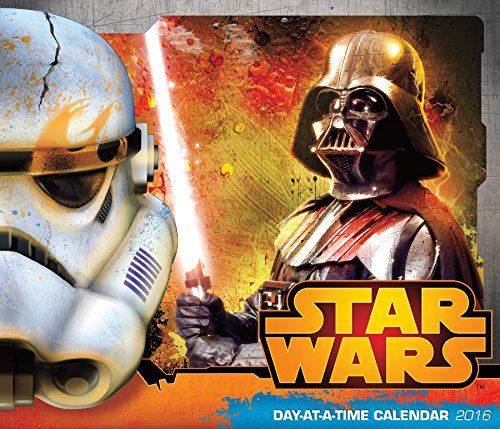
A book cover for Star Wars Saga Day At A Time 2016 Box Calendar; Trends International; Calendars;